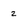
Character: 2